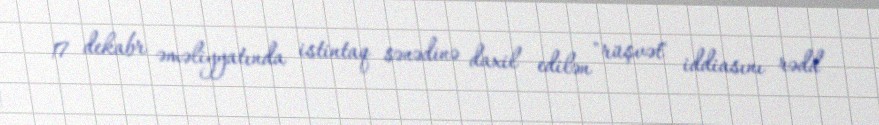
17 dekabr əməliyyatında istintaq sənədinə daxil edilən "rüşvət" iddiasını rədd